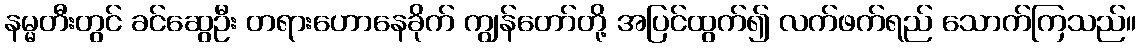
နမ္မတီးတွင် ခင်ဆွေဦး တရားဟောနေခိုက် ကျွန်တော်တို့ အပြင်ထွက်၍ လက်ဖက်ရည် သောက်ကြသည်။